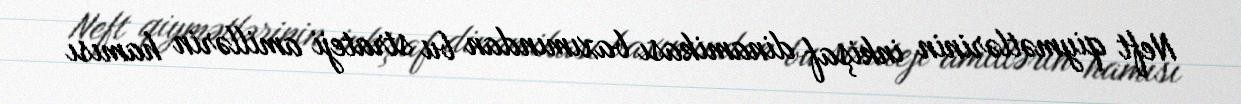
Neft qiymətlərinin inkişaf dinamikası baxımından bu strateji amillərin hamısı